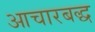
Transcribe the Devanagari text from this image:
आचारबद्ध